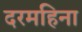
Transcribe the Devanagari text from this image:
दरमहिना